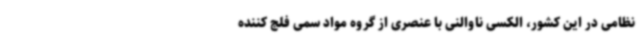
نظامی در این کشور، الکسی ناوالنی با عنصری از گروه مواد سمی فلج کننده